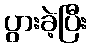
ပွားခဲ့ပြီး